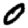
Digit: 0